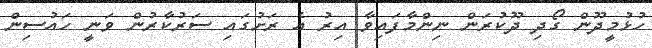
ހުޅުމީދޫން ގޯދި ދޫކުރަން ނިންމާފައިވާ އިރު އެ ރަށުގައި ސަރުކާރުން ވަނީ ހައުސިން